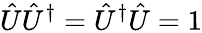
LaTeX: \hat{U}\hat{U}^{\dagger}=\hat{U}^{\dagger}\hat{U}={1}